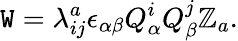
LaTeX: \mathtt{W}=\lambda_{ij}^{a}\epsilon_{\alpha\beta}Q_{\alpha}^{i}Q_{\beta}^{j}\mathbb{Z}_{a}.